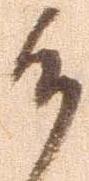
候